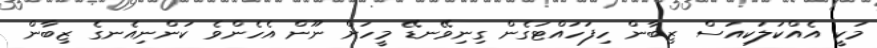
މަކީ އެއްކަލަކިއަސް ޒިބާން ހިފަހައްޓަގެން ގިނިވޭނޑޭ މީހަށް ނޫން އެހެންވެ ކަންނިއެނގެ ޒިބާން